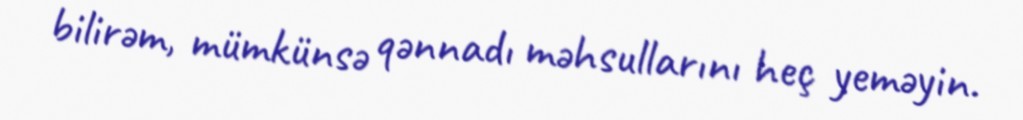
bilirəm, mümkünsə qənnadı məhsullarını heç yeməyin.